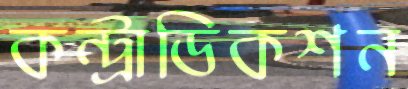
কন্ট্রাডিকশন